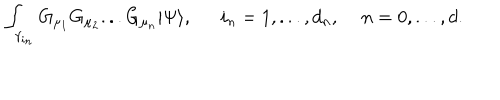
\int _ { \gamma _ { i _ { n } } } G _ { \mu _ { 1 } } G _ { \mu _ { 2 } } . . . G _ { \mu _ { n } } | \Psi \rangle , \, \, \, \, \, \, \, \, \, i _ { n } = 1 , . . . , d _ { n } , \, \, \, \, \, \, \, n = 0 , . . . , d .